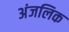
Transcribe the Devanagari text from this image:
अंजलिक